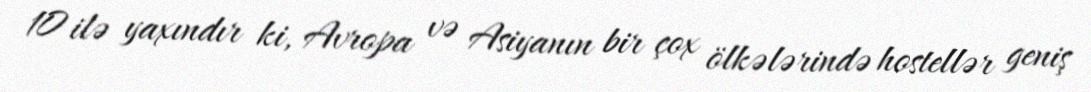
10 ilə yaxındır ki, Avropa və Asiyanın bir çox ölkələrində hostellər geniş